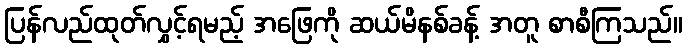
ပြန်လည်ထုတ်လွှင့်ရမည့် အဖြေကို ဆယ်မိနစ်ခန့် အတူ စာစီကြသည်။